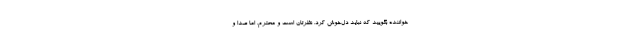
خواننده بگویید که نباید دل‌خوش کرد. نظرتان است و محترم. اما صدا و